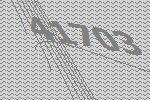
41703